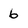
Character: 6